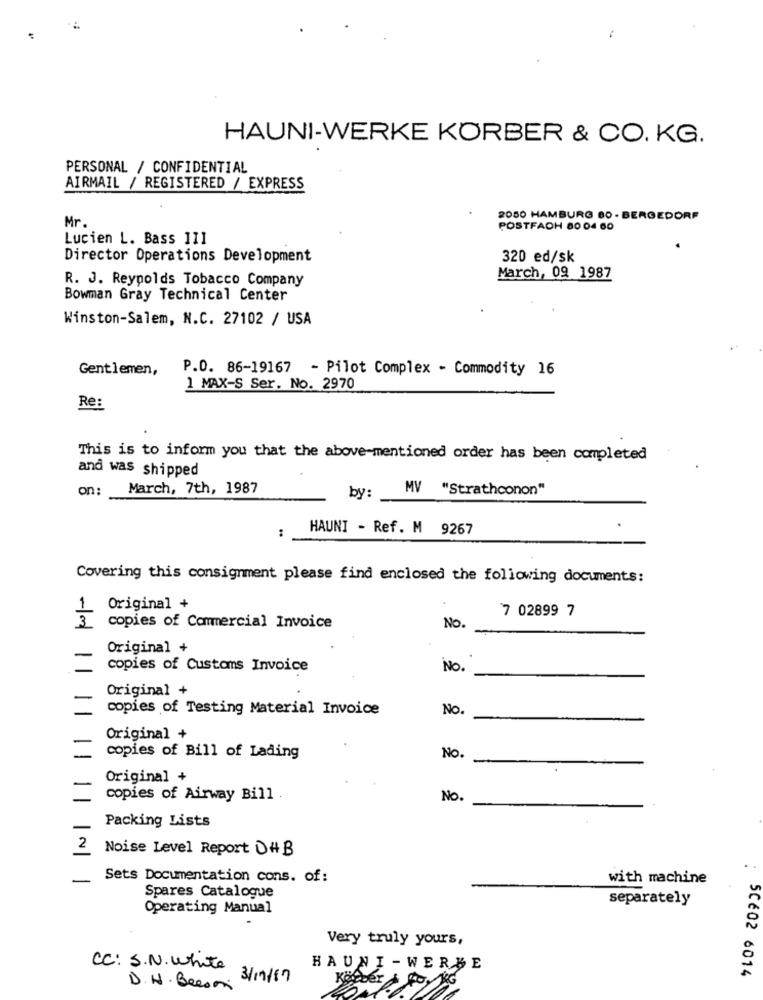
HAUNI-WERKE KÖRBER & CO. KG.
PERSONAL / CONFIDENTIAL
AIRMAIL / REGISTERED / EXPRESS
Mr
2050 HAMBURG 80 - BERGEDORF
POSTFACH 80 04 60
Lucien L. Bass 111
Director Operations Development
320 ed/sk
R. J. Reynolds Tobacco Company
March, 09 1987
Bowman Gray Technical Center
Winston-Salem, N.C. 27102 / USA
Gentlemen,
P.O. 86-19167 - Pilot Complex - Commodity 16
1 MAX-S Ser. No. 2970
Re:
This is to inform you that the above-mentioned order has been completed
and was shipped
on:
March, 7th, 1987
by:
MV "Strathconon"
HAUNI - Ref. M 9267
:
Covering this consignment please find enclosed the following documents:
Original +
7 02899 7
copies of Commercial Invoice
No.
Original +
copies of Customs Invoice
No
Original +
copies of Testing Material Invoice
No
Original +
copies of Bill of Lading
No
Original +
copies of Airway Bill .
No.
Packing Lists
2
Noise Level Report DHB
Sets Documentation cons. of:
with machine
Spares Catalogue
separately
Operating Manual
Very truly yours,
CC: S.N. white
HAUNI-WERBE
5CÉ02 6014
. 3/17/87
Kö
D.H. Beeson